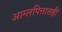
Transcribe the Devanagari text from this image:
आम्लपित्तातही